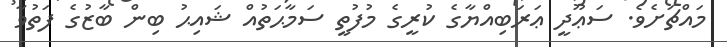
މައްޗަށެވެ. ސަޢޫދީ ޢަރަބިއްޔާގެ ކުރީގެ މުފުތީ ސަމާޙަތުއް ޝައިޙު ބިން ބާޒުގެ ފަތުވާ